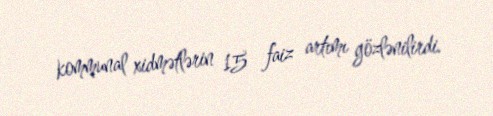
kommunal xidmətlərin 15 faiz artımı gözlənilirdi.